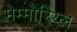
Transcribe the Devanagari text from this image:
मेम्मोरिय्ल